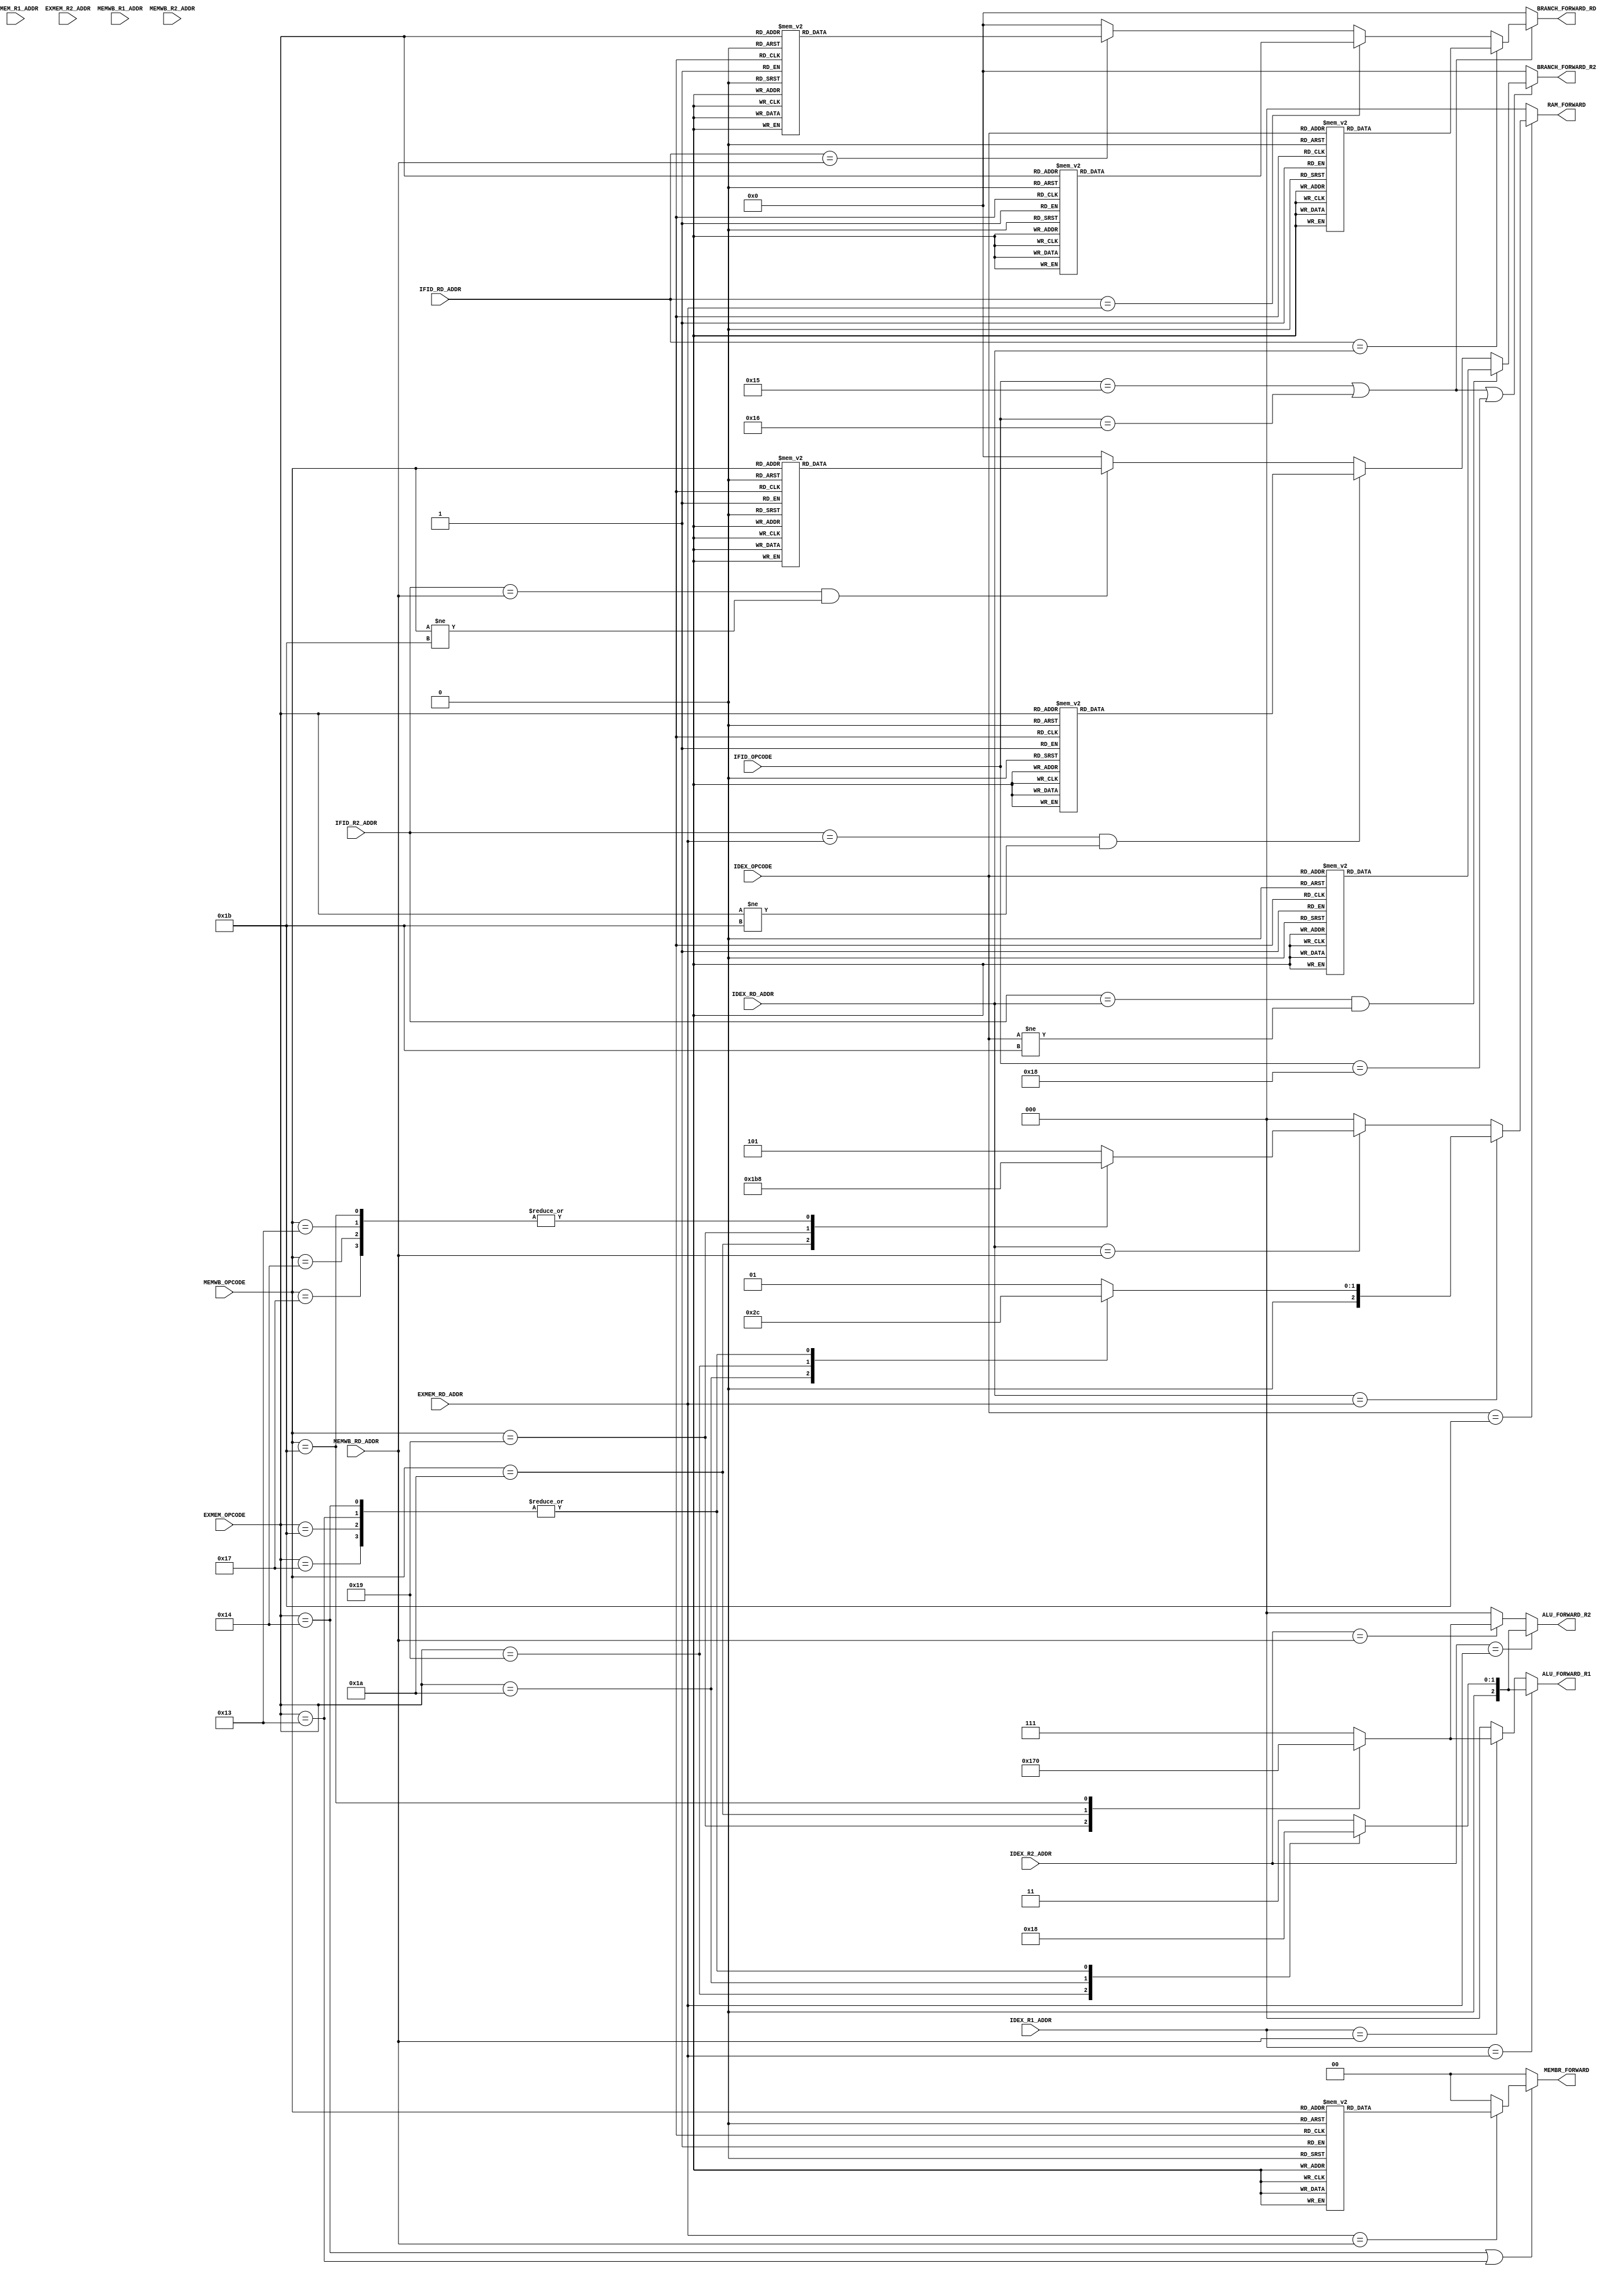
module FORWARDING (
	output reg	[2:0] 	ALU_FORWARD_R1,
	output reg	[2:0] 	ALU_FORWARD_R2,
	output reg	[3:0] 	BRANCH_FORWARD_RD,
	output reg	[3:0] 	BRANCH_FORWARD_R2,
	input 		[2:0] 	EXMEM_RD_ADDR,
	input 		[2:0] 	MEMWB_RD_ADDR,
	input		[4:0] 	IDEX_OPCODE,
	input 		[4:0] 	IFID_OPCODE,
	input 		[2:0] 	IDEX_RD_ADDR,
	input 		[2:0] 	IDEX_R1_ADDR,
	input 		[2:0] 	IDEX_R2_ADDR,
	input 		[2:0] 	IFID_RD_ADDR,
	input 		[2:0] 	IFID_R2_ADDR,

	input 		[4:0]	EXMEM_OPCODE,
	input 		[3:0]	EXMEM_R1_ADDR,
	input 		[3:0]	EXMEM_R2_ADDR,
	input 		[4:0]	MEMWB_OPCODE,
	input 		[3:0]	MEMWB_R1_ADDR,
	input 		[3:0]	MEMWB_R2_ADDR,
	output reg 	[2:0]	RAM_FORWARD,
	output reg	[1:0]	MEMBR_FORWARD
	);
	//input 		[]);

	parameter 			
						bne		= 5'b10011,
						be		= 5'b10100,
						j		= 5'b10111,
						bner	= 5'b10101,
						ber		= 5'b10110,
						jr		= 5'b11000,
						li		= 5'b11001,
						load 	= 5'b11010, 
						store 	= 5'b11011;			

always @(*)
	if ((EXMEM_OPCODE == be) || (EXMEM_OPCODE == bne))
		if (EXMEM_RD_ADDR == MEMWB_RD_ADDR)
			case (MEMWB_OPCODE)
			j:
				MEMBR_FORWARD = 2'b00; 
			be:
				MEMBR_FORWARD = 2'b00;
			bne:
				MEMBR_FORWARD = 2'b00;
			jr:
				MEMBR_FORWARD = 2'b00;
			ber:
				MEMBR_FORWARD = 2'b00;
			bner:
				MEMBR_FORWARD = 2'b00;
			li:
				MEMBR_FORWARD = 2'b11;//{MEMWB_R1_ADDR,MEMWB_R2_ADDR}
			load:
				MEMBR_FORWARD = 2'b10;//MEMWB_R_DATA
			store:
				MEMBR_FORWARD = 2'b00;
			default:
				MEMBR_FORWARD = 2'b01;//MEM_ALU_OUT
			endcase
		else 
				MEMBR_FORWARD = 2'b00;
	else 
				MEMBR_FORWARD = 2'b00;


always @(*)
	if (IDEX_OPCODE == store)
		if (IDEX_RD_ADDR == EXMEM_RD_ADDR)
			case (EXMEM_OPCODE)
			load:
				RAM_FORWARD = 3'b010;	//R_DATA from RAM
			li: 
				RAM_FORWARD = 3'b011;	//{EXMEM_R1_ADDR,EXMEM_R2_ADDR}
			j: 
				RAM_FORWARD = 3'b000;
			be: 
				RAM_FORWARD = 3'b000;
			bne: 
				RAM_FORWARD = 3'b000;	
 			store: 
 				RAM_FORWARD = 3'b000;
			default:
				RAM_FORWARD = 3'b001;	//EXMEM_ALU_OUT
			endcase
		else if (IDEX_RD_ADDR == MEMWB_RD_ADDR)
			case (MEMWB_OPCODE)
			load:
				RAM_FORWARD = 3'b110;	//MEMWB_R_DATA
			li: 
				RAM_FORWARD = 3'b111;	//{MEMWB_R1_ADDR,MEMWB_R2_ADDR}
			j: 
				RAM_FORWARD = 3'b000;
			be: 
				RAM_FORWARD = 3'b000;
			bne: 
				RAM_FORWARD = 3'b000;	
 			store: 
 				RAM_FORWARD = 3'b000;
			default:
				RAM_FORWARD = 3'b101;	//MEMWB_ALU_OUT
			endcase
		else 
			RAM_FORWARD = 3'b000;
	else 
			RAM_FORWARD = 3'b000;

/*always @(*)
	if (IDEX_OPCODE != j && IDEX_OPCODE != bne && IDEX_OPCODE != be && IDEX_OPCODE != store)
		if (IDEX_R1_ADDR == EXMEM_RD_ADDR)
			ALU_FORWARD_R1 = 2'b01;
		else if (IDEX_R1_ADDR == MEMWB_RD_ADDR)
			ALU_FORWARD_R1 = 2'b10;
		else
			ALU_FORWARD_R1 = 2'b00;
	else 
			ALU_FORWARD_R1 = 2'b00;*/

/*TODO: ALU_FORWARD for Load and Load Immediate on EXMEM_OPCODE and MEMWB_OPCODE*/
/*TODO: Make sure to change bit-width of ALU_FORWARD_R1 and ALU_FORWARD_RD*/
/*TODO: UPDATE!!! ALU.v*/

always @(*)
	if (IDEX_R1_ADDR == EXMEM_RD_ADDR)
		case (EXMEM_OPCODE)
		j:
			ALU_FORWARD_R1 = 3'b000;			
		be:
			ALU_FORWARD_R1 = 3'b000;
		bne:
			ALU_FORWARD_R1 = 3'b000;
		li:
			ALU_FORWARD_R1 = 3'b001;	//{EXMEM_R1_ADDR,EXMEM_R1_ADDR}
		load:
			ALU_FORWARD_R1 = 3'b010;	//R_DATA from RAM
		store:
			ALU_FORWARD_R1 = 3'b000;
		default:
			ALU_FORWARD_R1 = 3'b011;	//EXMEM_ALU_OUT
		endcase
	else if (IDEX_R1_ADDR == MEMWB_RD_ADDR)
		case (MEMWB_OPCODE)
		li:			
			ALU_FORWARD_R1 = 3'b101;	//{MEMWB_R1_ADDR,MEMWB_R2_ADDR}
		load:		
			ALU_FORWARD_R1 = 3'b110;	//MEMWB_R_DATA 
		store:		
			ALU_FORWARD_R1 = 3'b000;
		default:	
			ALU_FORWARD_R1 = 3'b111;	//MEMWB_ALU_OUT
		endcase
	else 
			ALU_FORWARD_R1 = 3'b000;

always @(*)
	if (IDEX_R2_ADDR == EXMEM_RD_ADDR)
		case (EXMEM_OPCODE)
		j:
			ALU_FORWARD_R2 = 3'b000;			
		be:
			ALU_FORWARD_R2 = 3'b000;
		bne:
			ALU_FORWARD_R2 = 3'b000;
		li:
			ALU_FORWARD_R2 = 3'b001;	//{EXMEM_R1_ADDR,EXMEM_R1_ADDR}
		load:
			ALU_FORWARD_R2 = 3'b010;	//R_DATA from RAM
		store:
			ALU_FORWARD_R2 = 3'b000;
		default:
			ALU_FORWARD_R2 = 3'b011;	//EXMEM_ALU_OUT
		endcase
	else if (IDEX_R2_ADDR == MEMWB_RD_ADDR)
		case (MEMWB_OPCODE)
		li:			
			ALU_FORWARD_R2 = 3'b101;	//{MEMWB_R1_ADDR,MEMWB_R2_ADDR}
		load:		
			ALU_FORWARD_R2 = 3'b110;	//MEMWB_R_DATA 
		store:		
			ALU_FORWARD_R2 = 3'b000;
		default:	
			ALU_FORWARD_R2 = 3'b111;	//MEMWB_ALU_OUT
		endcase
	else 
			ALU_FORWARD_R2 = 3'b000;

always @(*) /*TODO: consider load immediate to forward */
	if ((IFID_OPCODE == bner) || (IFID_OPCODE == ber))
/*		if(IFID_RD_ADDR == IDEX_RD_ADDR)
			BRANCH_FORWARD_RD = 2'b01;	//ALU_OUT from ALU
		else if(IFID_RD_ADDR == EXMEM_RD_ADDR)
			BRANCH_FORWARD_RD = 2'b10;
		else if(IFID_RD_ADDR == MEMWB_RD_ADDR)
			BRANCH_FORWARD_RD = 2'b11;
		else
			BRANCH_FORWARD_RD = 2'b00;
	else 
			BRANCH_FORWARD_RD = 2'b00;*/
				if (IFID_RD_ADDR == IDEX_RD_ADDR)
			case (IDEX_OPCODE)
			j:
				BRANCH_FORWARD_RD = 4'b0000;
			be:
				BRANCH_FORWARD_RD = 4'b0000;
			bne:
				BRANCH_FORWARD_RD = 4'b0000;
			jr:
				BRANCH_FORWARD_RD = 4'b0000;
			ber:
				BRANCH_FORWARD_RD = 4'b0000;
			bner:
				BRANCH_FORWARD_RD = 4'b0000;
			li:
				BRANCH_FORWARD_RD = 4'b0010;//{IDEX_R1_ADDR,IDEX_R2_ADDR}
			load:
				BRANCH_FORWARD_RD = 4'b0000;
			store:
				BRANCH_FORWARD_RD = 4'b0000;
			default:
				BRANCH_FORWARD_RD = 4'b0001;//ALU_OUT
			endcase
		else if (IFID_RD_ADDR == EXMEM_RD_ADDR)
			case (EXMEM_OPCODE)
			j:
				BRANCH_FORWARD_RD= 4'b0000; 
			be:
				BRANCH_FORWARD_RD= 4'b0000;
			bne:
				BRANCH_FORWARD_RD= 4'b0000;
			jr:
				BRANCH_FORWARD_RD= 4'b0000;
			ber:
				BRANCH_FORWARD_RD= 4'b0000;
			bner:
				BRANCH_FORWARD_RD= 4'b0000;
			li:
				BRANCH_FORWARD_RD= 4'b0111;//{EXMEM_R1_ADDR,EXMEM_R2_ADDR}
			load:
				BRANCH_FORWARD_RD= 4'b0110;//R_DATA
			store:
				BRANCH_FORWARD_RD= 4'b0000;
			default:
				BRANCH_FORWARD_RD= 4'b0101;//EXMEM_ALU_OUT
			endcase
		else if (IFID_RD_ADDR == MEMWB_RD_ADDR)
			case (EXMEM_OPCODE)
			j:
				BRANCH_FORWARD_RD = 4'b0000; 
			be:
				BRANCH_FORWARD_RD = 4'b0000;
			bne:
				BRANCH_FORWARD_RD = 4'b0000;
			jr:
				BRANCH_FORWARD_RD = 4'b0000;
			ber:
				BRANCH_FORWARD_RD = 4'b0000;
			bner:
				BRANCH_FORWARD_RD = 4'b0000;
			li:
				BRANCH_FORWARD_RD = 4'b1011;//{MEMWB_R1_ADDR,MEMWB_R2_ADDR}
			load:
				BRANCH_FORWARD_RD = 4'b1010;//MEMWB_R_DATA
			store:
				BRANCH_FORWARD_RD = 4'b0000;
			default:
				BRANCH_FORWARD_RD = 4'b1001;//MEMWB_ALU_OUT
			endcase
		else 
				BRANCH_FORWARD_RD = 4'b0000;
	else 
				BRANCH_FORWARD_RD = 4'b0000;

always @(*)
	if ((IFID_OPCODE == bner) || (IFID_OPCODE == ber) || (IFID_OPCODE == jr))
		if ((IFID_R2_ADDR == IDEX_RD_ADDR) && (IDEX_OPCODE != store))
			case (IDEX_OPCODE)
			j:
				BRANCH_FORWARD_R2 = 4'b0000;
			be:
				BRANCH_FORWARD_R2 = 4'b0000;
			bne:
				BRANCH_FORWARD_R2 = 4'b0000;
			jr:
				BRANCH_FORWARD_R2 = 4'b0000;
			ber:
				BRANCH_FORWARD_R2 = 4'b0000;
			bner:
				BRANCH_FORWARD_R2 = 4'b0000;
			li:
				BRANCH_FORWARD_R2 = 4'b0010;//{IDEX_R1_ADDR,IDEX_R2_ADDR} 
			load:
				BRANCH_FORWARD_R2 = 4'b0000;
			/*store:
				BRANCH_FORWARD_R2 = 4'b0000;*/
			default:
				BRANCH_FORWARD_R2 = 4'b0001;//ALU_OUT
			endcase
		else if ((IFID_R2_ADDR == EXMEM_RD_ADDR) && (EXMEM_OPCODE != store))
			case (EXMEM_OPCODE)
			j:
				BRANCH_FORWARD_R2 = 4'b0000; 
			be:
				BRANCH_FORWARD_R2 = 4'b0000;
			bne:
				BRANCH_FORWARD_R2 = 4'b0000;
			jr:
				BRANCH_FORWARD_R2 = 4'b0000;
			ber:
				BRANCH_FORWARD_R2= 4'b0000;
			bner:
				BRANCH_FORWARD_R2= 4'b0000;
			li:
				BRANCH_FORWARD_R2= 4'b0111;//{EXMEM_R1_ADDR,EXMEM_R2_ADDR}
			load:
				BRANCH_FORWARD_R2= 4'b0110;//R_DATA
			/*store:
				BRANCH_FORWARD_R2= 4'b0000;*/
			5'h1f:
				BRANCH_FORWARD_R2 = 4'b0000;
			default:
				BRANCH_FORWARD_R2= 4'b0101;//EXMEM_ALU_OUT
			endcase
		else if ((IFID_R2_ADDR == MEMWB_RD_ADDR) && (MEMWB_OPCODE != store))
			case (MEMWB_OPCODE)
			j:
				BRANCH_FORWARD_R2 = 4'b0000; 
			be:
				BRANCH_FORWARD_R2 = 4'b0000;
			bne:
				BRANCH_FORWARD_R2 = 4'b0000;
			jr:
				BRANCH_FORWARD_R2 = 4'b0000;
			ber:
				BRANCH_FORWARD_R2 = 4'b0000;
			bner:
				BRANCH_FORWARD_R2 = 4'b0000;
			li:
				BRANCH_FORWARD_R2 = 4'b1011;//{MEMWB_R1_ADDR,MEMWB_R2_ADDR}
			load:
				BRANCH_FORWARD_R2 = 4'b1010;//MEMWB_R_DATA
			store:
				BRANCH_FORWARD_R2 = 4'b0000;
			default:
				BRANCH_FORWARD_R2 = 4'b1001;//MEMWB_ALU_OUT
			endcase
		else 
				BRANCH_FORWARD_R2 = 4'b0000;
	else 
				BRANCH_FORWARD_R2 = 4'b0000;
endmodule